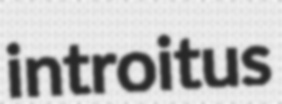
introitus